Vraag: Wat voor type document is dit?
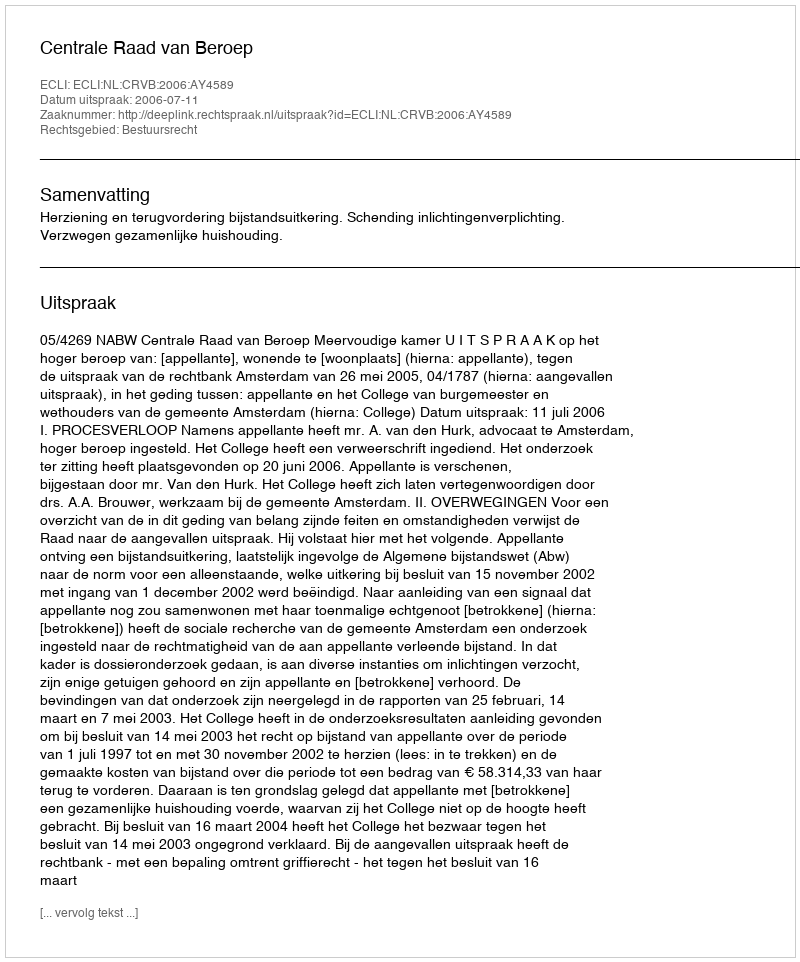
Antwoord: Uitspraak